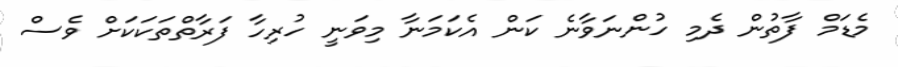
މެޑަމް ފާތުން ދެމި ހުންނަވާނެ ކަން އެކަމަނާ މިވަނީ ހުރިހާ ފަރާތްތަކަކަށް ވެސް